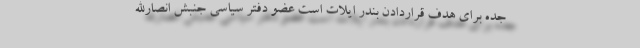
جده برای هدف قراردادن بندر ایلات است عضو دفتر سیاسی جنبش انصارالله